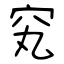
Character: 䆒